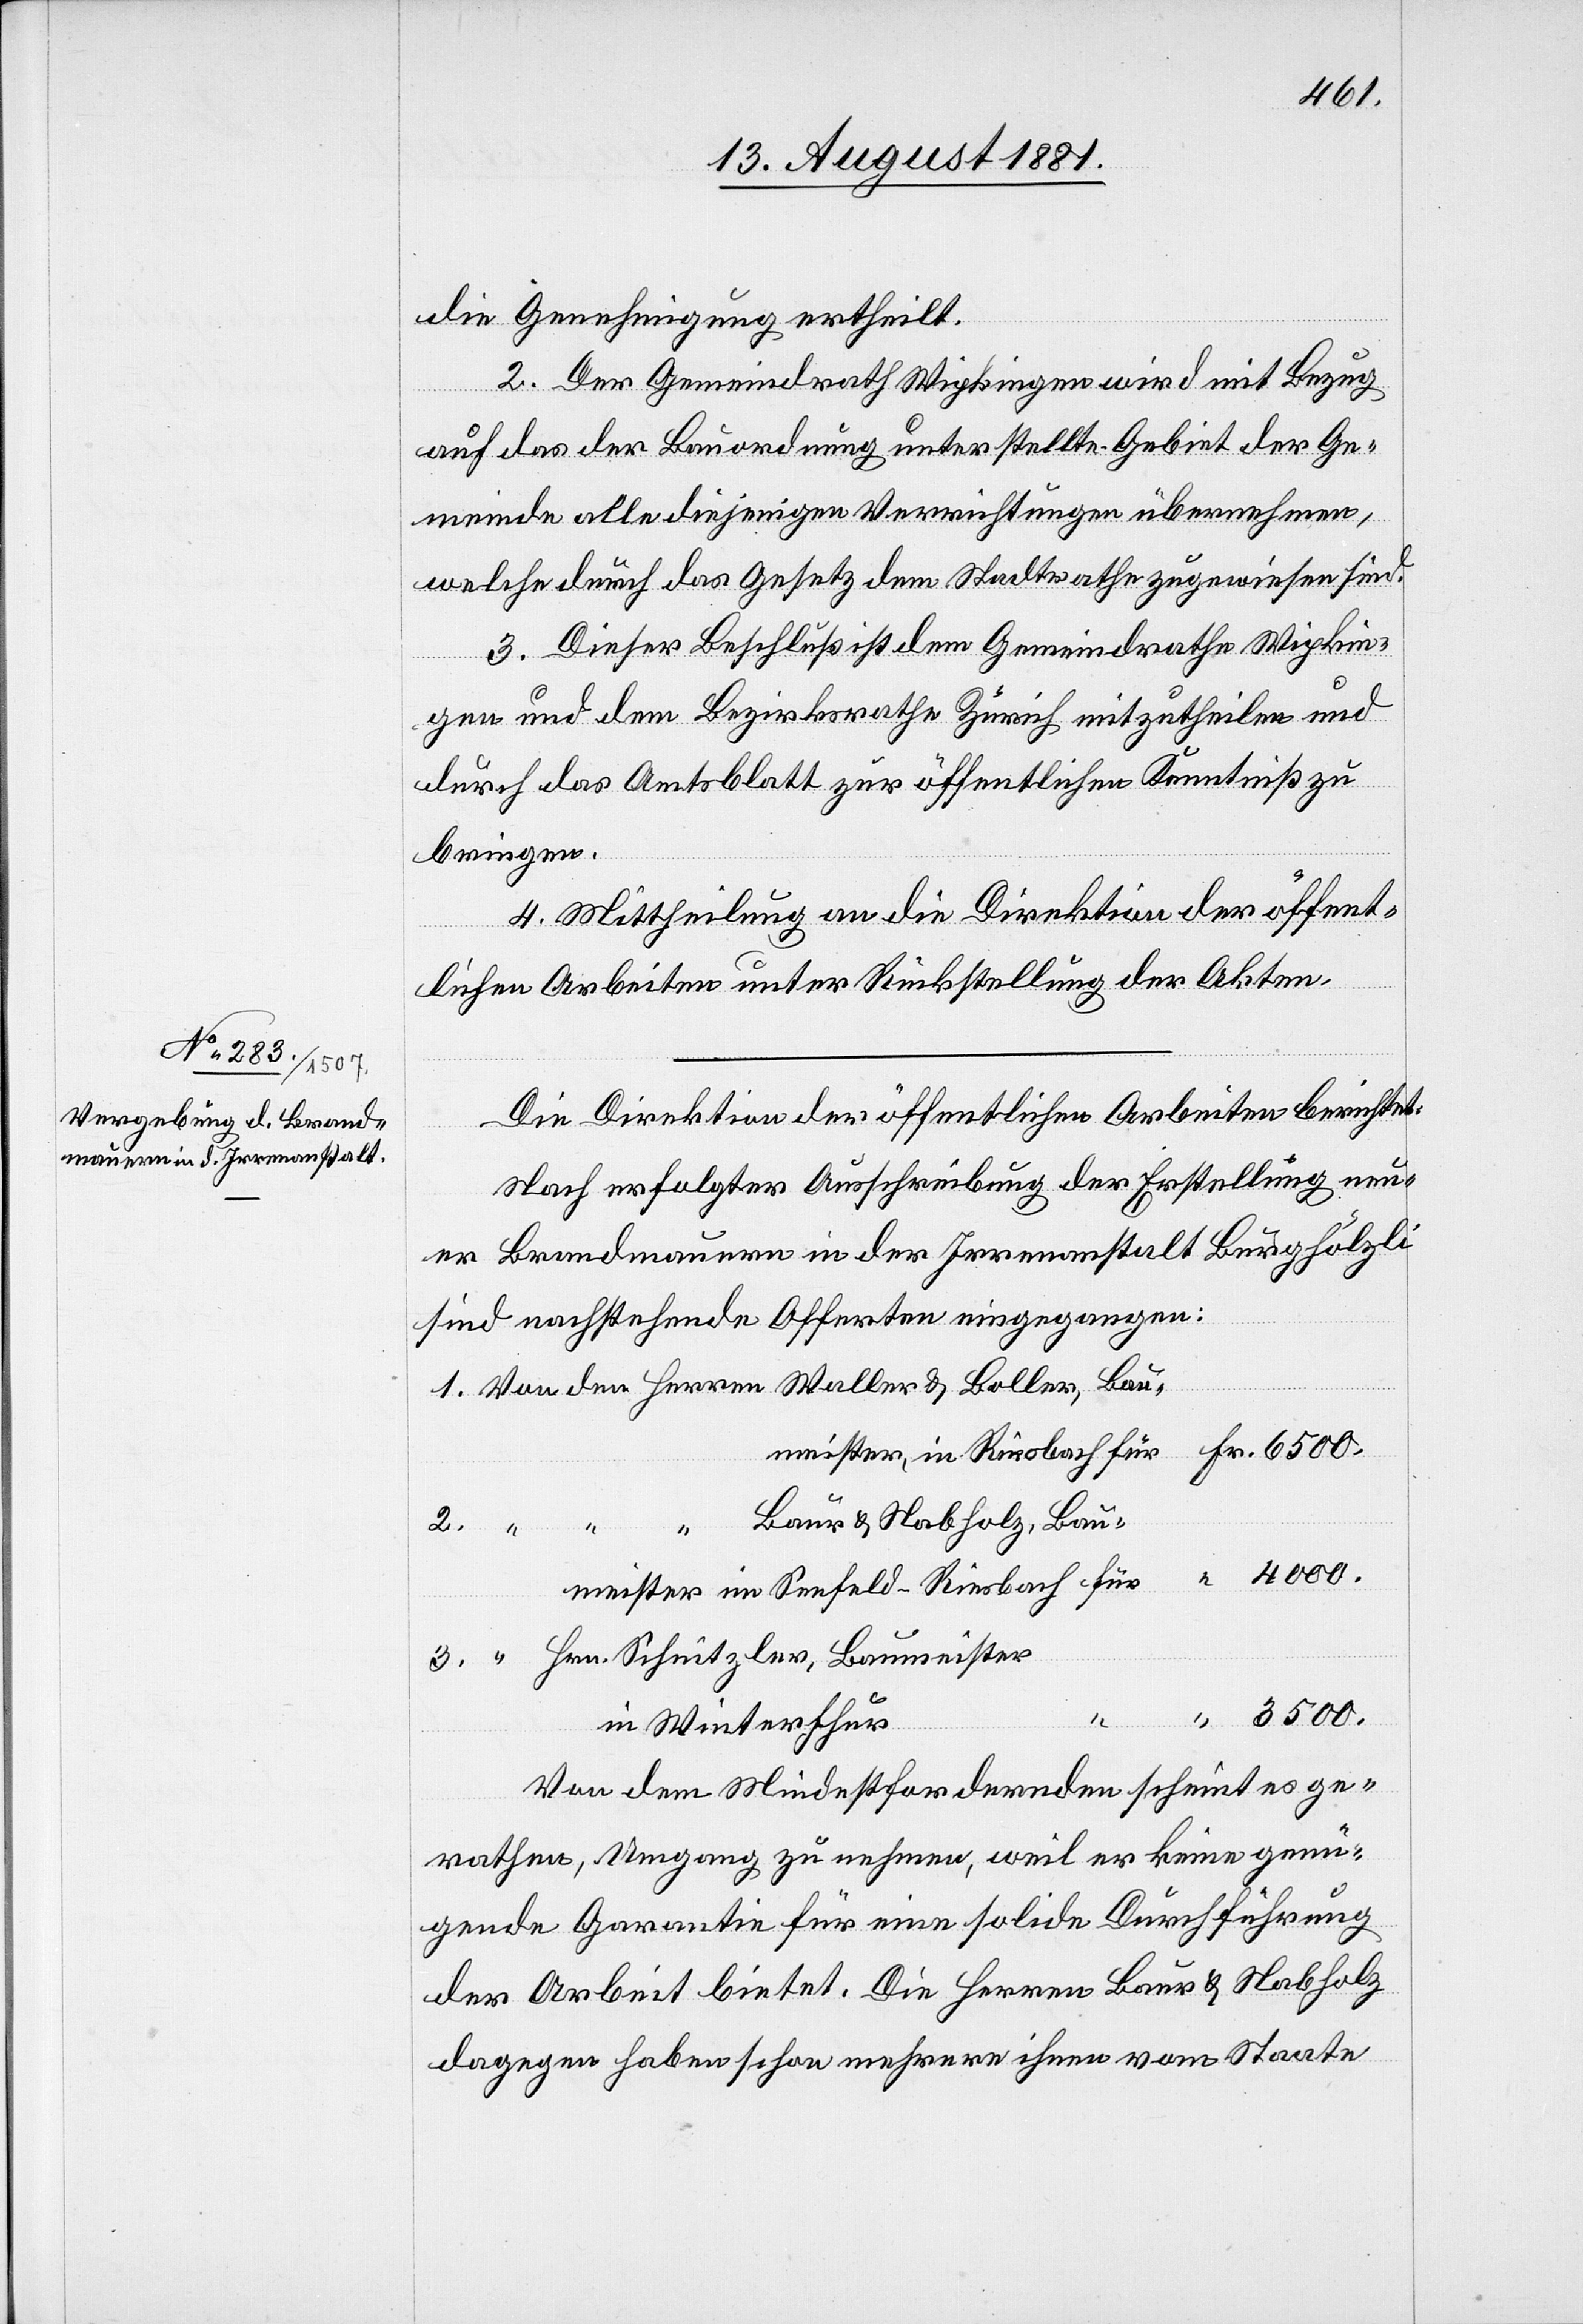
4000.
die Genehmigung ertheilt.
2. Der Gemeindrath Wipkingen wird mit Bezug
auf das der Bauordnung unterstellte Gebiet der Ge¬
meinde alle diejenigen Verrichtungen übernehmen,
welche durch das Gesetz dem Stadtrathe zugewiesen sind.
3. Dieser Beschluß ist dem Gemeindrathe Wipkin¬
gen und dem Bezirksrathe Zürich mitzutheilen und
durch das Amtsblatt zur öffentlich Kenntniß zu
bringen.
4. Mittheilung an die Direktion der öffent¬
lichen Arbeiten unter Rückstellung der Akten.
Die Direktion der öffentlichen Arbeiten berichtet:
Nach erfolgter Ausschreibung der Erstellung neu¬
er Brandmauern in der Irrenanstalt Burghölzli
sind nachstehende Offerten eingegangen:
Fr.
Von den Herren Waller & Boller, Bau¬
Baur & Nabholz, Bau¬
2.
Risbach für
” Hrn. Schnitzler, Baumeister
in Winterthur
Von dem Mindestfordernden scheint es ge¬
rathen, Umgang zu nehmen, weil er keine genü¬
gende Garantie für eine solide Durchführung
der Arbeit bietet. Die Herren Baur & Nabholz
dagegen haben schon mehrere ihnen vom Staate